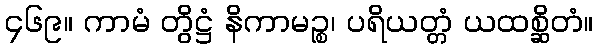
၄၆၉။ ကာမံ တွိဋ္ဌံ နိကာမဉ္စ၊ ပရိယတ္တံ ယထစ္ဆိတံ။